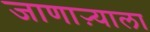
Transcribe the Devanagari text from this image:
जाणाऱ्याला